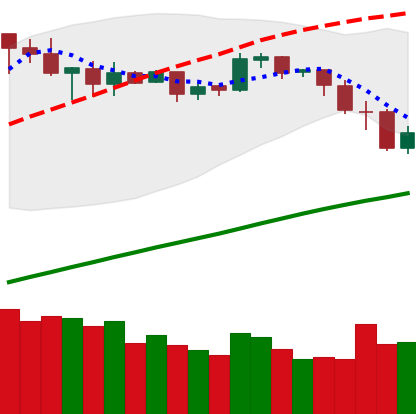
Ticker: BNB-USD
Chart end date: 2019-05-10
Forward return: 37.232%
Label: up_7plus